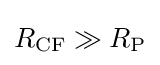
R_{\rm {CF}}\gg R_{\rm {P}}